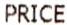
PRICE